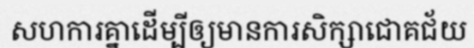
សហការគ្នាដើម្បីឲ្យមានការសិក្សាជោគជ័យ